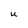
Character: U